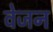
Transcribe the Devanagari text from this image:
वेजन